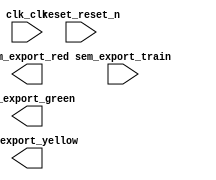

module niosII (
	clk_clk,
	reset_reset_n,
	sem_export_train,
	sem_export_red,
	sem_export_yellow,
	sem_export_green);	

	input		clk_clk;
	input		reset_reset_n;
	input		sem_export_train;
	output		sem_export_red;
	output		sem_export_yellow;
	output		sem_export_green;
endmodule